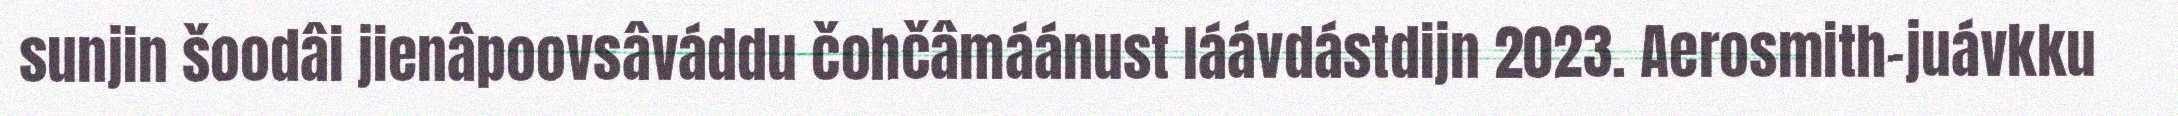
sunjin šoodâi jienâpoovsâváddu čohčâmáánust láávdástdijn 2023. Aerosmith-juávkku